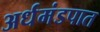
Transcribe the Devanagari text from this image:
अर्धमंडपात